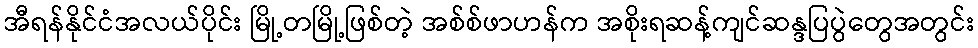
အီရန်နိုင်ငံအလယ်ပိုင်း မြို့တမြို့ဖြစ်တဲ့ အစ်စ်ဖာဟန်က အစိုးရဆန့်ကျင်ဆန္ဒပြပွဲတွေအတွင်း